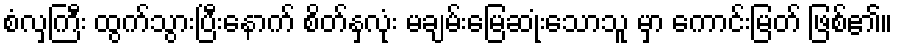
စံလှကြီး ထွက်သွားပြီးနောက် စိတ်နှလုံး မချမ်းမြေဆုံးသောသူ မှာ ကောင်းမြတ် ဖြစ်၏။